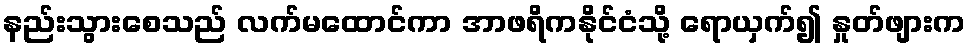
နည်းသွားစေသည် လက်မထောင်ကာ အာဖရိကနိုင်ငံသို့ ရောယှက်၍ နှုတ်ဖျားက